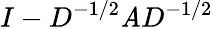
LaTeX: I-D^{-1/2}\mathit{A}D^{-1/2}